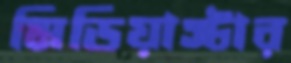
মিডিয়াস্টার